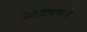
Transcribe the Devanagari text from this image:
म्हातारपणाचे